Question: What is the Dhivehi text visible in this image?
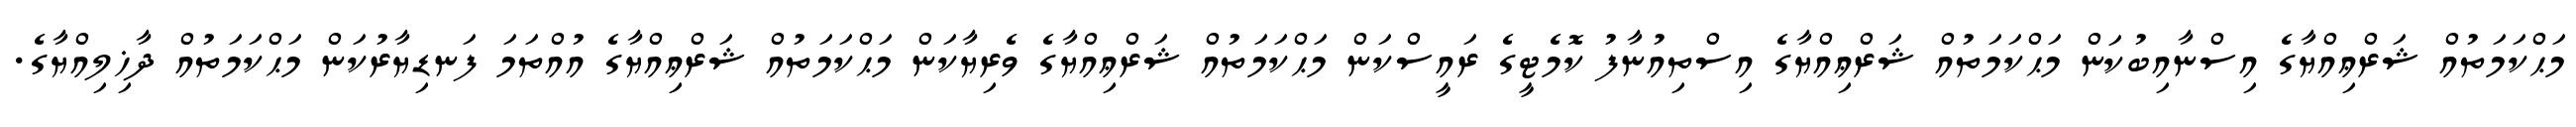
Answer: މަޙްކަމަތުއް ޝަރްޢިއްޔާގެ އިސްނާއިބުކަން މަޙްކަމަތުއް ޝަރްޢިއްޔާގެ އިސްތިއުނާފު ކޮމެޓީގެ ރައީސްކަން މަޙްކަމަތުއް ޝަރްޢިއްޔާގެ ވެރިޔާކަން މަޙްކަމަތުއް ޝަރްޢިއްޔާގެ އުއްތަމަ ފަނޑިޔާރުކަން މަޙްކަމަތުއް ދާޚިލިއްޔާގެ.